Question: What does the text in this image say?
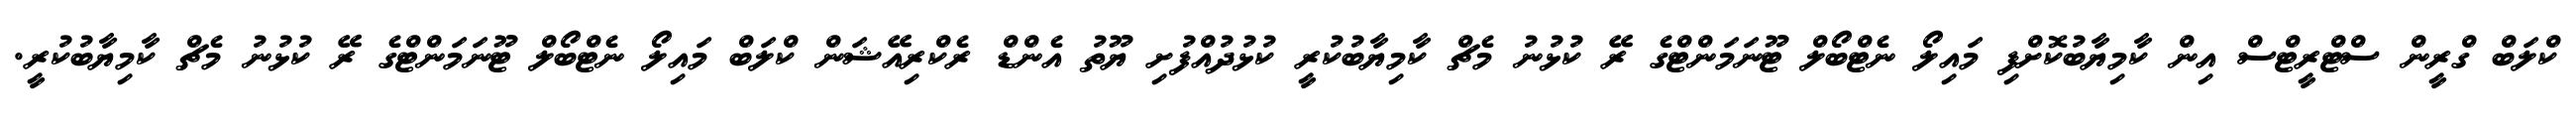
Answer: ކްލަބް ގްރީން ސްޓްރީޓްސް އިން ކާމިޔާބުކޮށްފި މައިލޯ ނެޓްބޯލް ޓޫނަމަންޓްގެ ރޭ ކުޅުނު މެޗް ކާމިޔާބުކުރީ ކުޅުދުއްފުށި ޔޫތު އެންޑް ރެކްރިއޭޝަން ކްލަބް މައިލޯ ނެޓްބޯލް ޓޫނަމަންޓްގެ ރޭ ކުޅުނު މެޗް ކާމިޔާބުކުރީ.